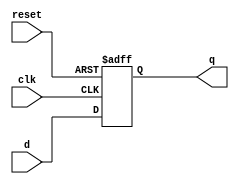
module reg_32bit(q,d,clk,reset);//neg-reset
	input [31:0] d;
	input clk,reset;
	output reg [31:0] q;
	always@(posedge clk or negedge reset)
	begin
	if(!reset)
		q=32'd0;
	else
		q=d;
	end
endmodule

module bitmux4_1(regData,q1,q2,q3,q4,reg_no);
input [1:0] reg_no;
input [31:0] q1,q2,q3,q4;
output reg [31:0] regData;
always @ (*)
begin
if(reg_no == 2'b00)
	regData = q1;
else if(reg_no==2'b01)
	regData = q2;
else if(reg_no == 2'b10)
	regData = q3;
else
	regData= q4;
end
endmodule

module bitdecoder2_4 (register,reg_no);
	input [1:0] reg_no;
	output reg [3:0] register;
	always@*
	begin
		case(reg_no)
		2'b00: register=4'd1;
		2'b01: register=4'd2;
		2'b10: register=4'd4;
		2'b11: register=4'd8;
		endcase
	end
endmodule

module RegFile(clk,reset,ReadReg1,ReadReg2,WriteData,WriteReg,RegWrite,ReadData1,ReadData2);
	input clk,reset,RegWrite;
	input [1:0] ReadReg1,ReadReg2,WriteReg;
	input [31:0] WriteData;
	output [31:0] ReadData1,ReadData2;
	wire [31:0] Register0,Register1,Register2,Register3;
	wire [3:0] decoder_out;wire [3:0] reg_clk;
	
	
	bitdecoder2_4 d1(decoder_out,WriteReg);
	assign reg_clk[0] = clk&RegWrite&decoder_out[0];
	assign reg_clk[1] = clk&RegWrite&decoder_out[1];
	assign reg_clk[2] = clk&RegWrite&decoder_out[2];
	assign reg_clk[3] = clk&RegWrite&decoder_out[3];
	reg_32bit r1(Register0,WriteData,reg_clk[0],reset);
	reg_32bit r2(Register1,WriteData,reg_clk[1],reset);
	reg_32bit r3(Register2,WriteData,reg_clk[2],reset);
	reg_32bit r4(Register3,WriteData,reg_clk[3],reset);
	bitmux4_1 m1(ReadData1,Register0,Register1,Register2,Register3,ReadReg1);
	bitmux4_1 m2(ReadData2,Register0,Register1,Register2,Register3,ReadReg2);
endmodule
	
module tbRegFile4;
  reg Clock, Reset, RegWrite;
  reg [1:0] ReadReg1, ReadReg2, WriteRegNo;
  reg [31:0]  WriteData;
  wire  [31:0]  ReadData1, ReadData2;
  RegFile rgf( Clock, Reset, ReadReg1, ReadReg2,WriteData, WriteRegNo,  RegWrite,ReadData1, ReadData2);
  initial begin
    $monitor($time, ": Reset = %b, RegWrite = %b, ReadReg1 = %b, ReadReg2 = %b, WriteRegNo = %b, WriteData = %b, ReadData1 = %b, ReadData2 = %b.", Reset, RegWrite, ReadReg1, ReadReg2, WriteRegNo, WriteData, ReadData1, ReadData2);
    #0  Clock = 1'b1; ReadReg1 = 2'b00; ReadReg2 = 2'b01; Reset = 1'b1;
    #2  Reset = 1'b0;
    #10 Reset = 1'b1; RegWrite = 1'b1;  WriteData = 32'hF0F0F0F0; WriteRegNo = 2'b00;
    #10 RegWrite = 1'b1;  WriteData = 32'hF8F8F8F8; WriteRegNo = 2'b01;
    #10 RegWrite = 1'b1;  WriteData = 32'hFAFAFAFA; WriteRegNo = 2'b10;
    #10 RegWrite = 1'b1;  WriteData = 32'hFFFFFFFF; WriteRegNo = 2'b11;
    #10 RegWrite = 1'b0;
    #10 ReadReg1 = 2'b00; ReadReg2 = 2'b01;
    #10 ReadReg1 = 2'b10; ReadReg2 = 2'b11;
    #10 $finish;
  end
  always
    #5  Clock = ~Clock;
endmodule

/*module tb32reg;
reg [31:0] d;
reg clk,reset;
wire [31:0] q;
reg_32bit R(q,d,clk,reset);
always @(clk)
#5 clk<=~clk;
initial 
$monitor(,$time,"d=%b,q=%b",d,q);
initial
begin
clk= 1'b1;
reset=1'b0;//reset the register
#20 reset=1'b1;
#20 d=32'hAFAFAFAF;
#200 $finish;
end
endmodule*/